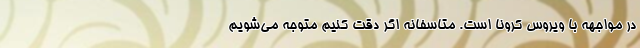
در مواجهه با ویروس کرونا است. متاسفانه اگر دقت کنیم متوجه می‌شویم